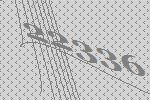
22336